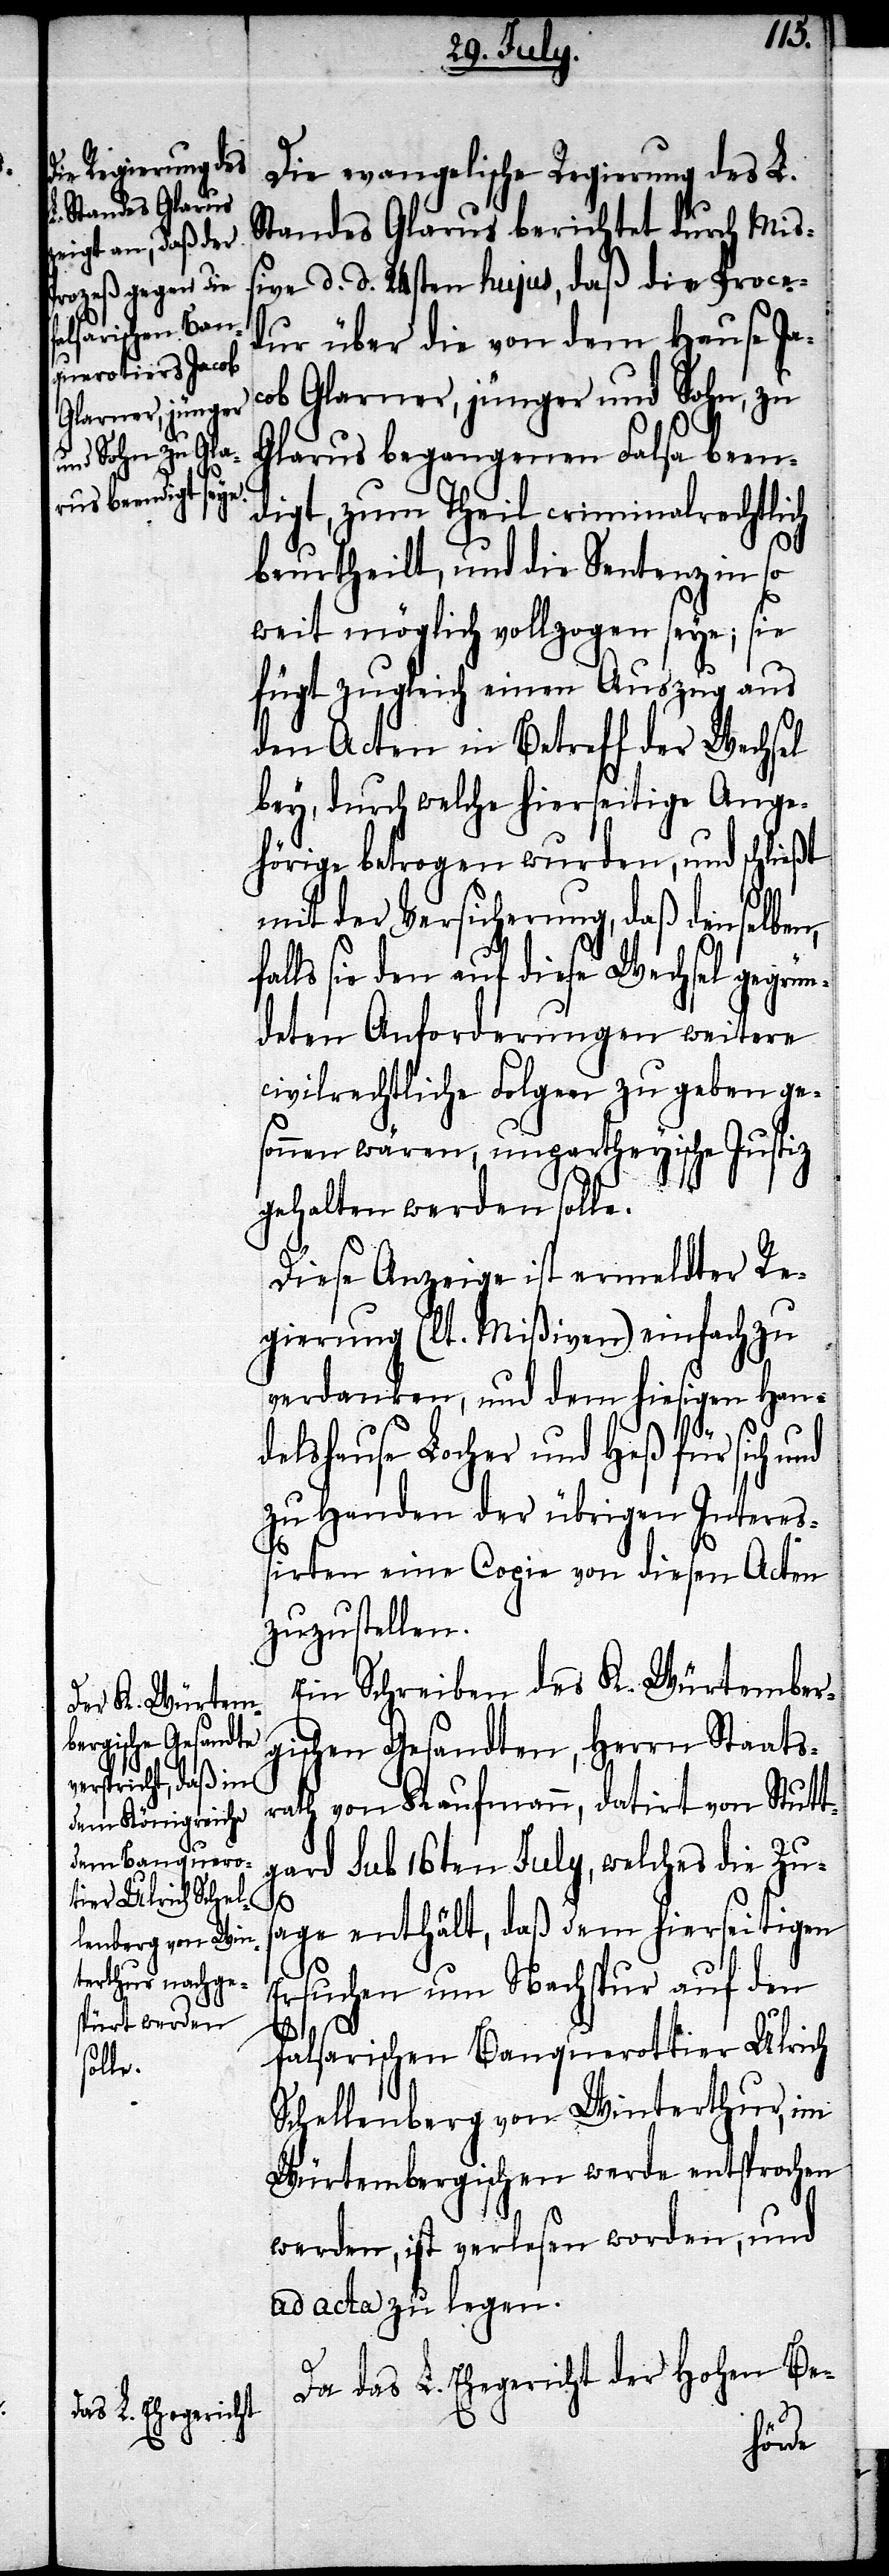
Die evangelische Regierung des L.
Standes Glarus berichtet durch Miß¬
ive d. d. 24sten hujus, daß die Proce¬
dur über die von dem Hause Ja¬
cob Glarner, jünger und Sohn, zu
Glarus begangenen Falsa been¬
digt, zum Theil criminalrechtlich
beurtheilt, und die Sentenz in so
weit möglich vollzogen seye; sie
fügt zugleich einen Auszug aus
den Acten in Betreff der Wechsel
bey, durch welche hierseitige Ange¬
hörige betrogen wurden, und schließt
mit der Versicherung, daß denselben,
ls sie den auf diese Wechsel gegrün¬
deten Anforderungen weitere
civilrechtliche Folgen zu geben ge¬
sonnen wären, unpartheyische Justiz
gehalten werden solle.
Diese Anzeige ist ermeldter Re¬
gierung (lt. Mißiven) einfach zu
verdanken, und dem hiesigen Han¬
fal¬
delshause Locher und Heß für sich und
zu Handen der übrigen Intereß¬
irten eine Copie von diesen Acten
zuzustellen.
Ein Schreiben des K. Würtember¬
gischen Gesandten, Herrn Staats¬
rath von Kaufmann, datirt von Stutt¬
gard sub 16ten July, welches die Zus¬
age enthält, daß dem hierseitigen
Ersuchen um Nachspur auf den
falsarischen Banquerottier Ulrich
Schellenberg von Winterthur, im
Würtembergischen werde entsprochen
werden, ist verlesen worden, und
ad acta zu legen.
Da das L. Ehegericht der Hohen Be-